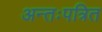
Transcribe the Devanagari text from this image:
अन्तःपत्रित